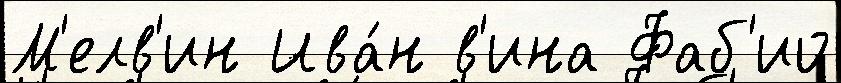
М'елв'ин Ива́н в'ина Фаб'ио